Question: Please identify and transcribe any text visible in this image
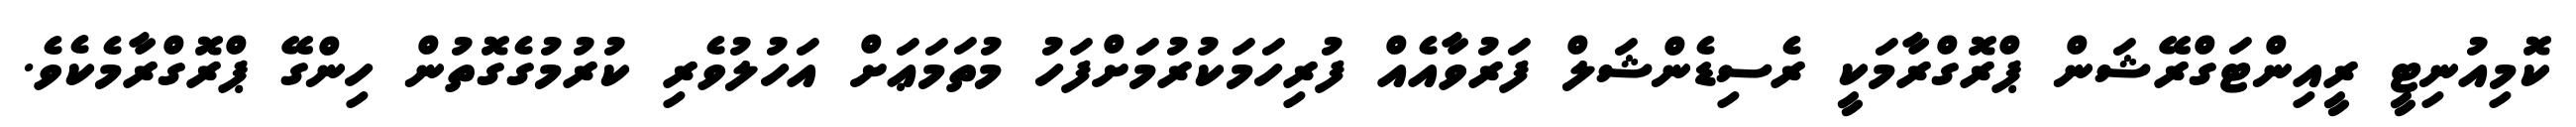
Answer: ކޮމިއުނިޓީ ރީއިންޓަގްރޭޝަން ޕްރޮގްރާމަކީ ރެސިޑެންޝަލް ފަރުވާއެއް ފުރިހަމަކުރުމަށްފަހު މުތަމަޢަށް އަހުލުވެރި ކުރުމުގެގޮތުން ހިންގޭ ޕްރޮގްރާމެކެވެ.